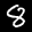
Label: 8